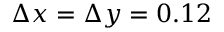
\Delta x = \Delta y = 0 . 1 2